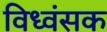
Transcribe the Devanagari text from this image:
विध्‍वंसक